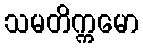
သမတိက္ကမော